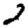
Digit: 2